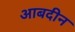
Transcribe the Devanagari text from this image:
आबदीन